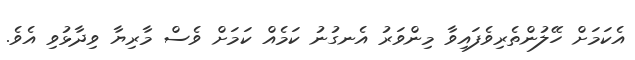
އެކަމަށް ހޭލުންތެރިވެފައިވާ މިންވަރު އެނގުނު ކަމެއް ކަމަށް ވެސް މާރިޔާ ވިދާޅުވި އެވެ.